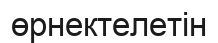
өрнектелетін